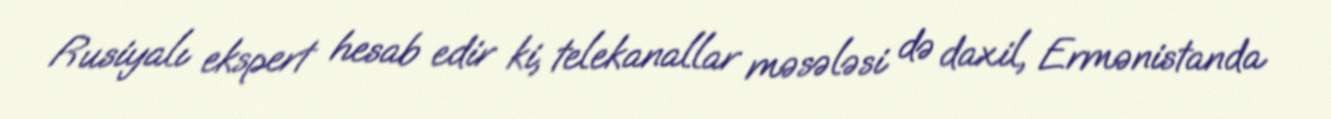
Rusiyalı ekspert hesab edir ki, telekanallar məsələsi də daxil, Ermənistanda